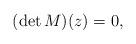
LaTeX: \begin{align*}(\det M)(z)=0,\end{align*}